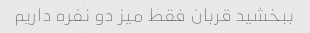
ببخشید قربان فقط میز دو نفره داریم